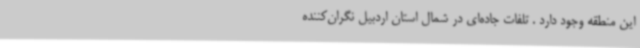
این منطقه وجود دارد . تلفات جاده‌ای در شمال استان اردبیل نگران‌کننده